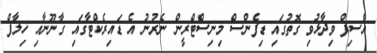
އާސިފް ވިދާޅުވި ގޮތުގައި ޑިފެންސް މިނިސްޓްރީން ނެރުނު އެ ޑައިރެކްޓާގައި ގާނޫނާއި ޚިލާފް